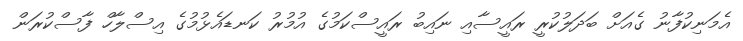
އެމަނިކުފާނު ގެއަށް ބަދަލުކުރީ ރައީސާއި ނައިބު ރައީސްކަމުގެ އުމުރު ކަނޑައެޅުމުގެ އިސްލާހް ފާސްކުރަން